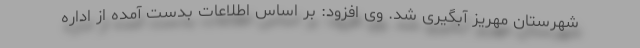
شهرستان مهریز آبگیری شد. وی افزود: بر اساس اطلاعات بدست آمده از اداره